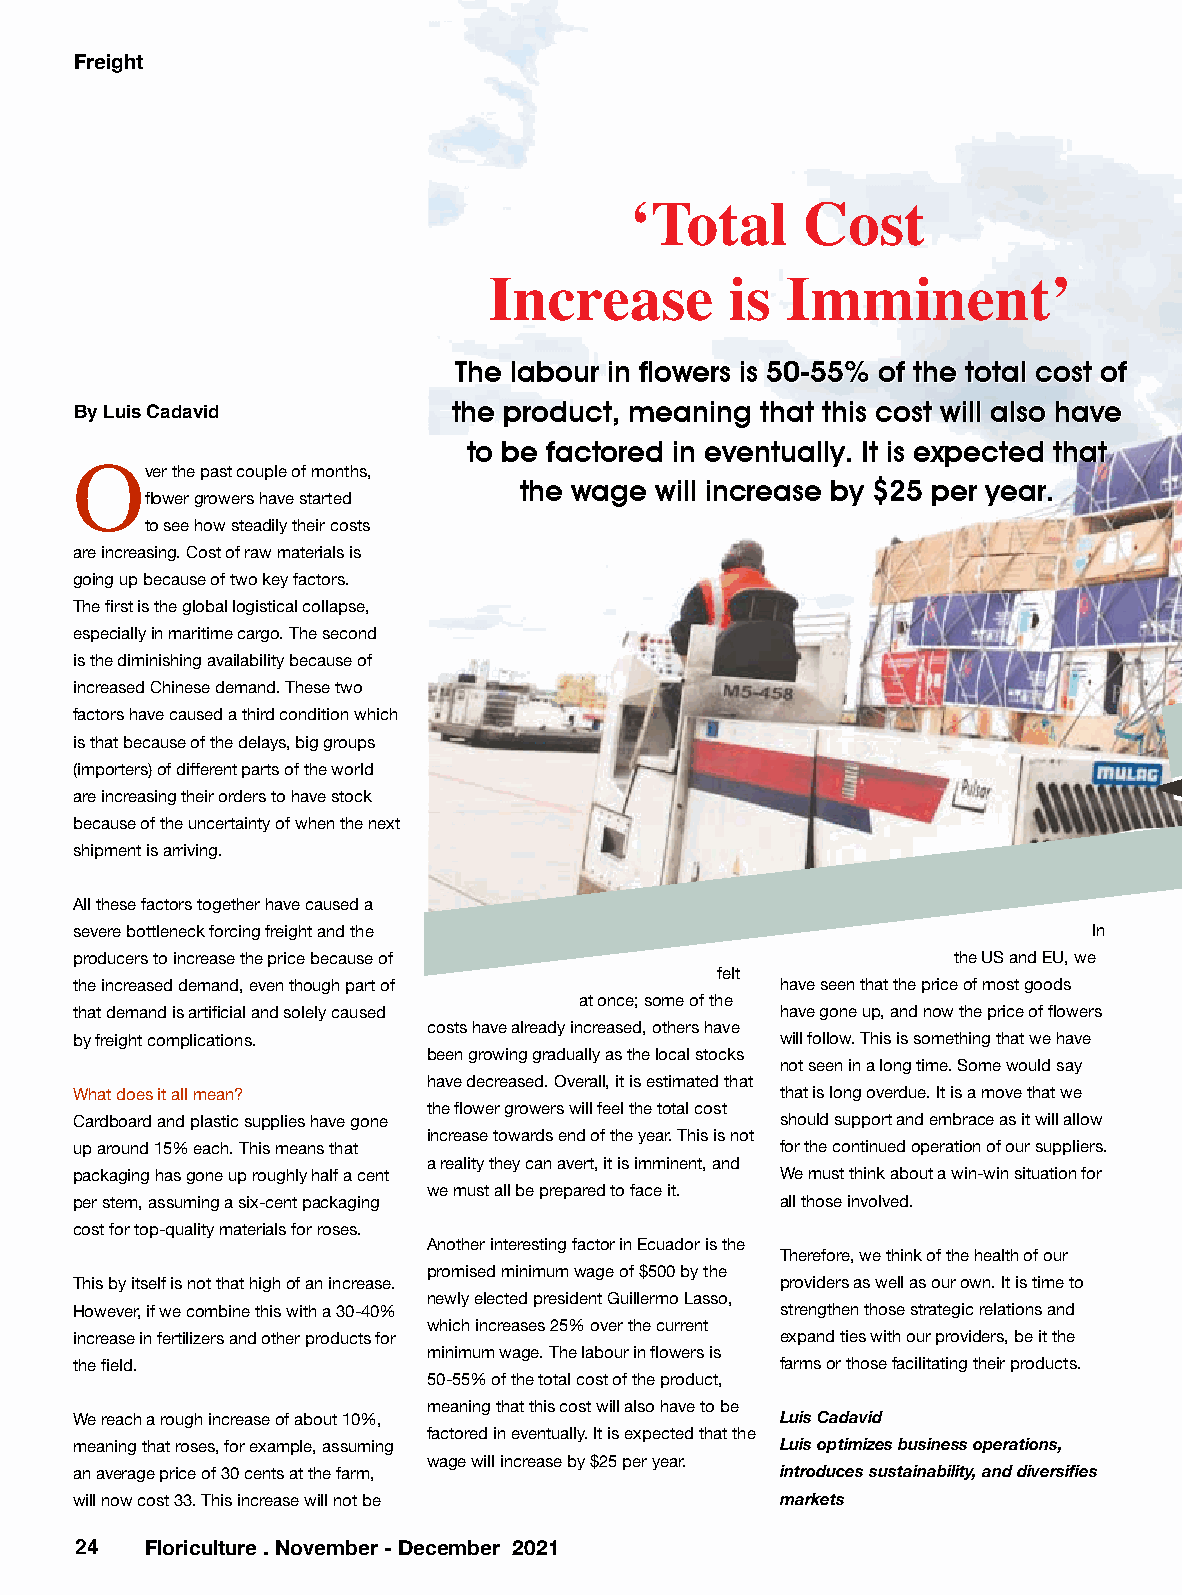
Freight
 ‘Total     Cost
 Increase        is  Imminent’
 The labour in flowers is 50-55% of the total cost of
 the product, meaning that this cost will also have
 By Luis Cadavid
 to be factored in eventually. It is expected that
 ver the past couple of months,
 O                            the wage will increase by $25 per year.
 flower growers have started
 to see how steadily their costs
 are increasing. Cost of raw materials is
 going up because of two key factors.
 The first is the global logistical collapse,
 especially in maritime cargo. The second
 is the diminishing availability because of
 increased Chinese demand. These two
 factors have caused a third condition which
 is that because of the delays, big groups
 (importers) of different parts of the world
 are increasing their orders to have stock
 because of the uncertainty of when the next
 shipment is arriving.
 All these factors together have caused a
 severe bottleneck forcing freight and the                          In
 producers to increase the price because of                the US and EU, we
 felt
 the increased demand, even though part of      have seen that the price of most goods
 at once; some of the
 that demand is artificial and solely caused    have gone up, and now the price of flowers
 costs have already increased, others have
 by freight complications.                      will follow. This is something that we have
 been growing gradually as the local stocks
 not seen in a long time. Some would say
 have decreased. Overall, it is estimated that
 What does it all mean?                         that is long overdue. It is a move that we
 the flower growers will feel the total cost
 Cardboard and plastic supplies have gone       should support and embrace as it will allow
 increase towards end of the year. This is not
 up around 15% each. This means that            for the continued operation of our suppliers.
 a reality they can avert, it is imminent, and
 packaging has gone up roughly half a cent      We must think about a win-win situation for
 we must all be prepared to face it.
 per stem, assuming a six-cent packaging        all those involved.
 cost for top-quality materials for roses.
 Another interesting factor in Ecuador is the
 Therefore, we think of the health of our
 promised minimum wage of $500 by the
 This by itself is not that high of an increase. providers as well as our own. It is time to
 newly elected president Guillermo Lasso,
 However, if we combine this with a 30-40%      strengthen those strategic relations and
 which increases 25% over the current
 increase in fertilizers and other products for expand ties with our providers, be it the
 minimum wage. The labour in flowers is
 the field.                                     farms or those facilitating their products.
 50-55% of the total cost of the product,
 meaning that this cost will also have to be
 We reach a rough increase of about 10%,        Luis Cadavid
 factored in eventually. It is expected that the
 meaning that roses, for example, assuming      Luis optimizes business operations,
 wage will increase by $25 per year.
 an average price of 30 cents at the farm,      introduces sustainability, and diversifies
 will now cost 33. This increase will not be    markets
 2 4  Floriculture . November - December 2021